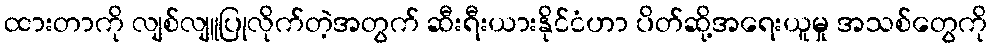
ထားတာကို လျစ်လျူပြုလိုက်တဲ့အတွက် ဆီးရီးယားနိုင်ငံဟာ ပိတ်ဆို့အရေးယူမှု အသစ်တွေကို